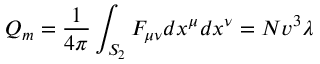
Q _ { m } = { \frac { 1 } { 4 \pi } } \int _ { S _ { 2 } } F _ { \mu \nu } d x ^ { \mu } d x ^ { \nu } = N v ^ { 3 } \lambda